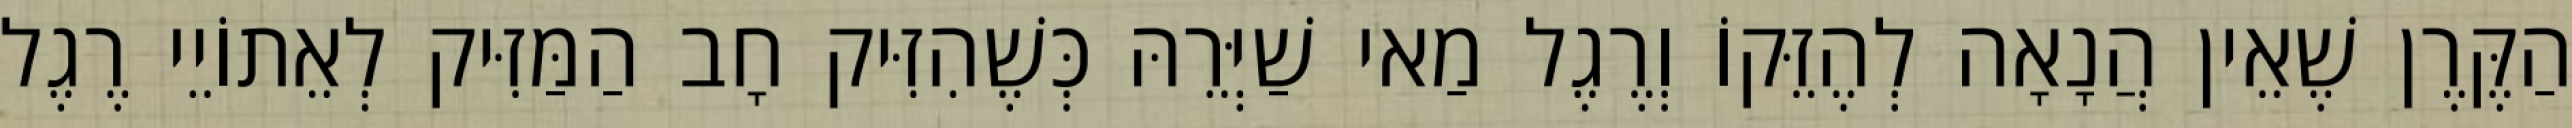
הַקֶּרֶן שֶׁאֵין הֲנָאָה לְהֶזֵּקוֹ וְרֶגֶל מַאי שַׁיְּרֵהּ כְּשֶׁהִזִּיק חָב הַמַּזִּיק לְאֵתוֹיֵי רֶגֶל